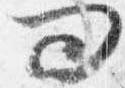
問